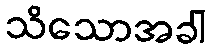
သိသောအခါ